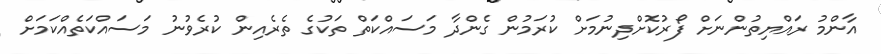
އާންމު ރައްޔިތުންނަށް ފޯރުކޮށްދިނުމަށް ކުރަމުން ގެންދާ މަސައްކަތް ތަކުގެ ތެރެއިން ކުރެވުނު މަސައްކަތެއްކަމަށް